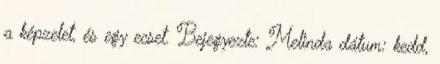
a képzelet, és egy ecset. Bejegyezte: Melinda dátum: kedd,